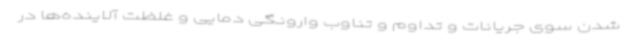
شدن سوی جریانات و تداوم و تناوب وارونگی دمایی و غلظت آلاینده‌ها در